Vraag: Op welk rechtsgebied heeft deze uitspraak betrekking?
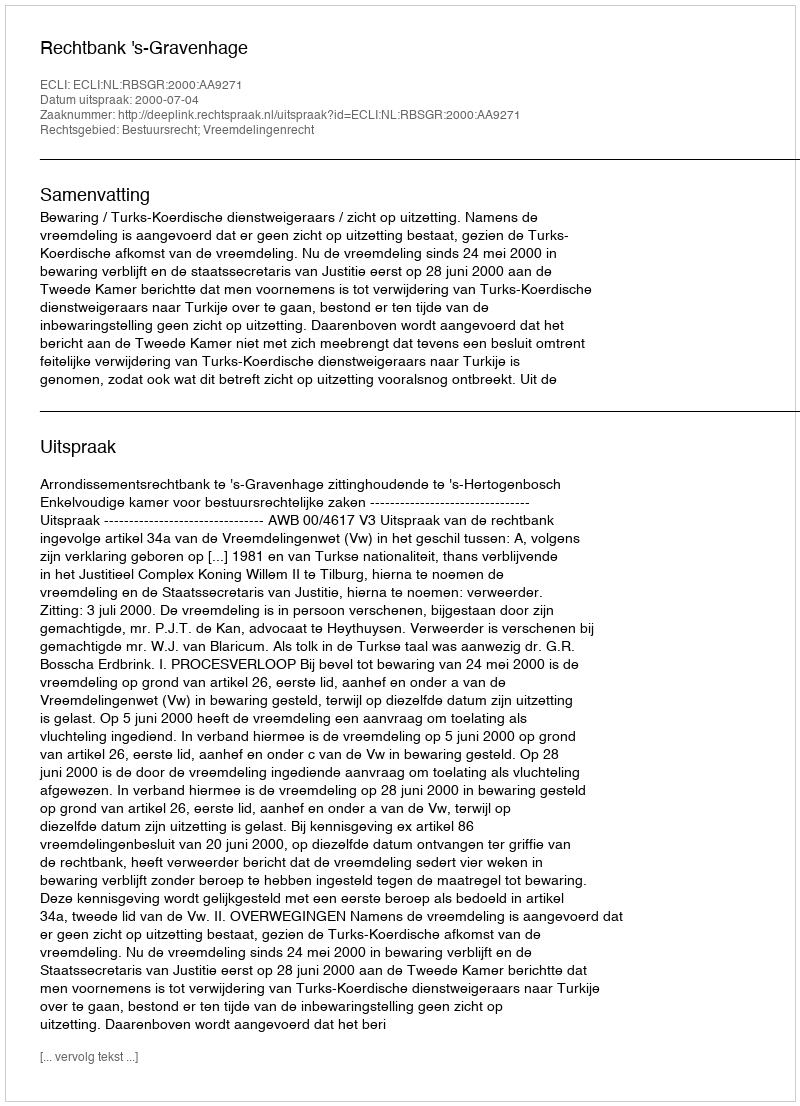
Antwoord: Bestuursrecht; Vreemdelingenrecht